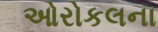
ઓરોકલના